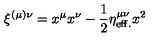
\xi ^ { ( \mu ) \nu } = x ^ { \mu } x ^ { \nu } - { \frac { 1 } { 2 } } \eta _ { \mathrm { e f f . } } ^ { \mu \nu } x ^ { 2 }